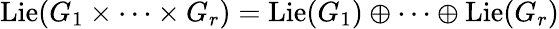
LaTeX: \operatorname{Lie}(G_{1}\times\cdots\times G_{r})=\operatorname{Lie}(G_{1})\oplus\cdots\oplus\operatorname{Lie}(G_{r})